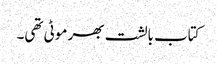
کتاب بالشت بھر موٹی تھی۔